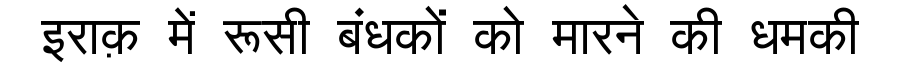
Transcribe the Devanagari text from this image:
इराक़ में रूसी बंधकों को मारने की धमकी